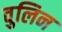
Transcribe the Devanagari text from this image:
वुलिन